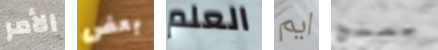
الأمر بعض العلم ايم يمنح